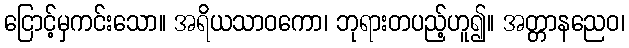
ငြောင့်မှကင်းသော။ အရိယသာဝကော၊ ဘုရားတပည့်ဟူ၍။ အတ္တာနညေဝ၊